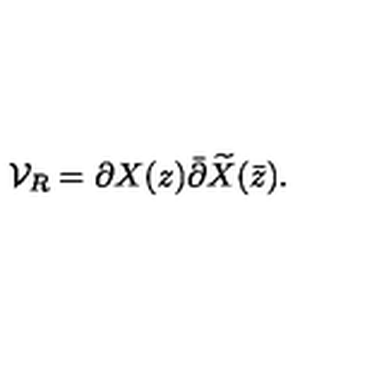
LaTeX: { \cal V } _ { R } = \partial X ( z ) \bar { \partial } \widetilde { X } ( \bar { z } ) .